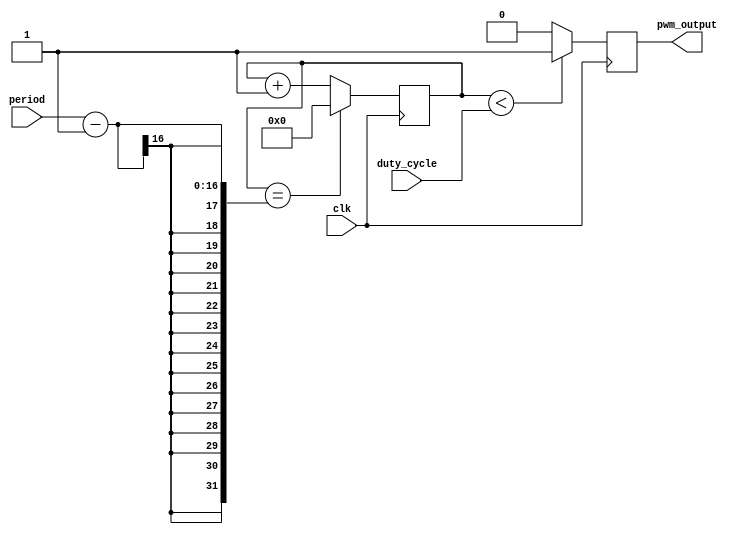
module pwm_generator (
    input wire [7:0] duty_cycle,
    input wire [15:0] period,
    input wire clk,
    output reg pwm_output
);

reg [15:0] counter;

always @(posedge clk) begin
    if (counter == period - 1)
        counter <= 0;
    else
        counter <= counter + 1;
    
    if (counter < duty_cycle)
        pwm_output <= 1;
    else
        pwm_output <= 0;
end

endmodule